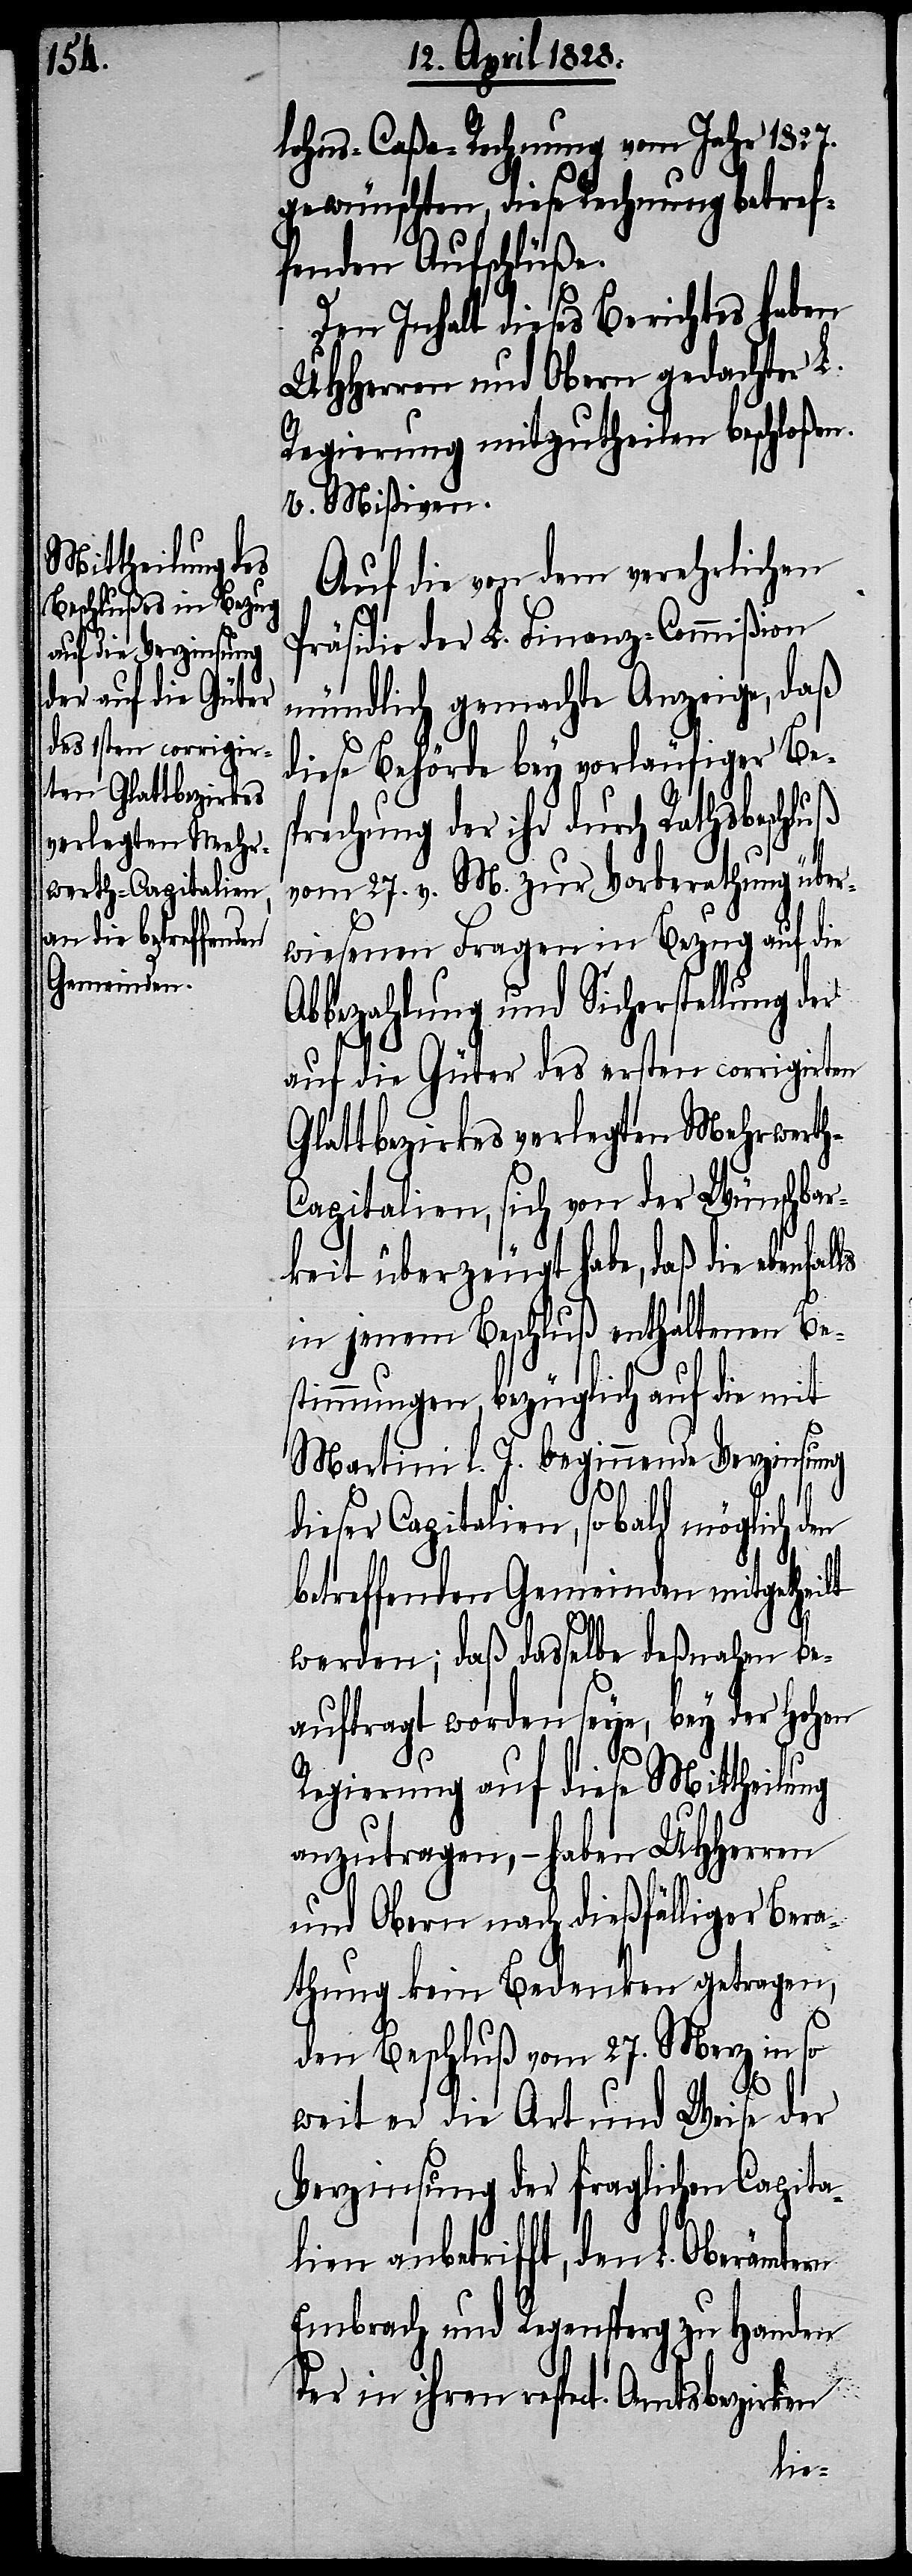
lohns-Caßa-Rechnung vom Jahr 1827.
gewünschten, diese Rechnung betref¬
fenden Aufschlüße.
Den Inhalt dieses Berichtes haben
UHHerren und Obern gedachter
Regierung mitzutheilen beschloßen.
V. Mißiven.
Auf die von dem verehrlichen
Präsidio der L. Finanz-Commißion
mündlich gemachte Anzeige, daß
diese Behörde bey vorläufiger Bes¬
prechung der ihr durch Rathsbeschl¬
ls
vom 27. v. M. zur Vorberathung über¬
wiesenen Fragen in Bezug auf die
Abbezahlung und Sicherstellung der
auf die Güter des ersten corrigirten
Glattbezirkes verlegten Mehrwert¬
apitalien, sich von der Wünschbar¬
keit überzeugt habe, daß die ebenfal¬
in jenem Beschluß enthaltenen Be¬
stimmungen, bezüglich auf die mit
Martini l. J. beginnende Verzinsung
dieser Capitalien, so bald möglich den
betreffenden Gemeinden mitgetheilt
werden; daß dasselbe deßnahen be¬
auftragt worden seye, bey der Hohen
Regierung auf diese Mittheilung
anzutragen, – haben UHHerren
und Obern nach dießfälliger Bera¬
thung kein Bedenken getragen,
den Beschluß vom 27. Merz in so
h-C¬
weit er die Art und Weise der
Verzinsung der fraglichen Capita¬
lien anbetrifft, den L. Oberämtern
Embrach und Regensperg zu Handen
der in ihren respect. Amtsbezirken